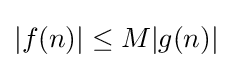
|f(n)|\leq M|g(n)|